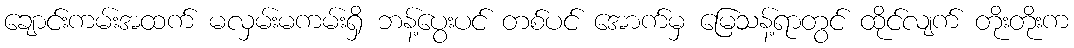
ချောင်းကမ်းအထက် မလှမ်းမကမ်းရှိ ဘန့်ပွေးပင် တစ်ပင် အောက်မှ မြေသန့်ရာတွင် ထိုင်လျက် တိုးတိုးက